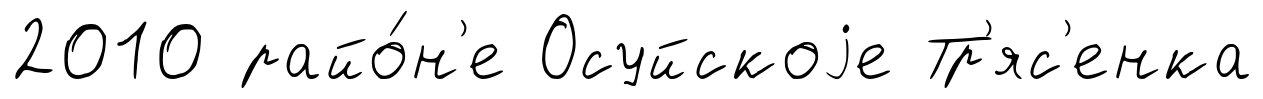
2010 райо́н'е Осуйскоjе Тр'яс'енка